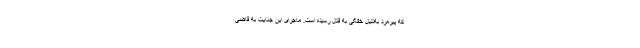
که پیرمرد به‌دلیل خفگی به قتل رسیده است. ماجرای این جنایت به قاضی